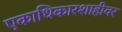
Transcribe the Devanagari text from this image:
एकाधिकारशाहीवर